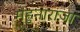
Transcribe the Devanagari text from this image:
मेहुनाराजा